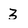
Character: 3